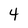
Character: 4